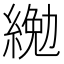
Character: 𦂔